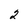
Character: 2